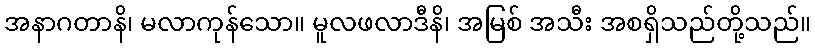
အနာဂတာနိ၊ မလာကုန်သော။ မူလဖလာဒီနိ၊ အမြစ် အသီး အစရှိသည်တို့သည်။